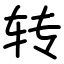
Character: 转